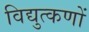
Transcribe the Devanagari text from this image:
विद्युत्कणों